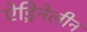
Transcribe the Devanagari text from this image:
ऐड्रिनेलीन